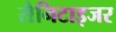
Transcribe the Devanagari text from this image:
सैनिटाइजर